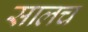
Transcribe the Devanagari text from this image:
सालच